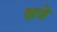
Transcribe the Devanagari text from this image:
क्षत्रे